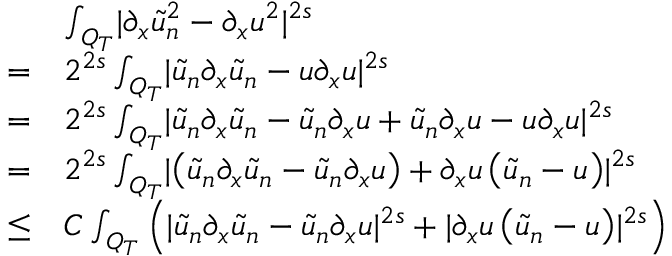
\begin{array} { r l } & { \int _ { Q _ { T } } \lvert \partial _ { x } \tilde { u } _ { n } ^ { 2 } - \partial _ { x } u ^ { 2 } \rvert ^ { 2 s } } \\ { = } & { 2 ^ { 2 s } \int _ { Q _ { T } } \lvert \tilde { u } _ { n } \partial _ { x } \tilde { u } _ { n } - u \partial _ { x } u \rvert ^ { 2 s } } \\ { = } & { 2 ^ { 2 s } \int _ { Q _ { T } } \lvert \tilde { u } _ { n } \partial _ { x } \tilde { u } _ { n } - \tilde { u } _ { n } \partial _ { x } u + \tilde { u } _ { n } \partial _ { x } u - u \partial _ { x } u \rvert ^ { 2 s } } \\ { = } & { 2 ^ { 2 s } \int _ { Q _ { T } } \lvert \left( \tilde { u } _ { n } \partial _ { x } \tilde { u } _ { n } - \tilde { u } _ { n } \partial _ { x } u \right) + \partial _ { x } u \left( \tilde { u } _ { n } - u \right) \rvert ^ { 2 s } } \\ { \leq } & { C \int _ { Q _ { T } } \left( \lvert \tilde { u } _ { n } \partial _ { x } \tilde { u } _ { n } - \tilde { u } _ { n } \partial _ { x } u \rvert ^ { 2 s } + \lvert \partial _ { x } u \left( \tilde { u } _ { n } - u \right) \rvert ^ { 2 s } \right) } \end{array}